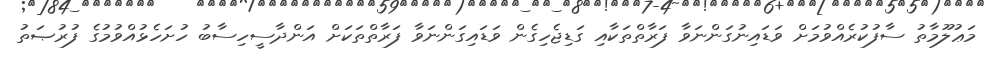
މަޢުލޫމާތު ސާފުކުރެއްވުމަށް ވަޑައިނުގަންނަވާ ފަރާތްތަކާއި ގަޑިޖެހިގެން ވަޑައިގަންނަވާ ފަރާތްތަކަށް އަންދާސީހިސާބު ހުށަހެޅުއްވުމުގެ ފުރުޞަތު